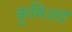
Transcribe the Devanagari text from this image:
कुमिअइ